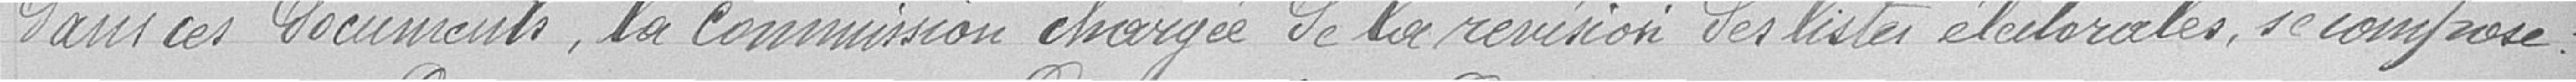
dans ces documents, la commission chargée de la révision des listes électorales se compose